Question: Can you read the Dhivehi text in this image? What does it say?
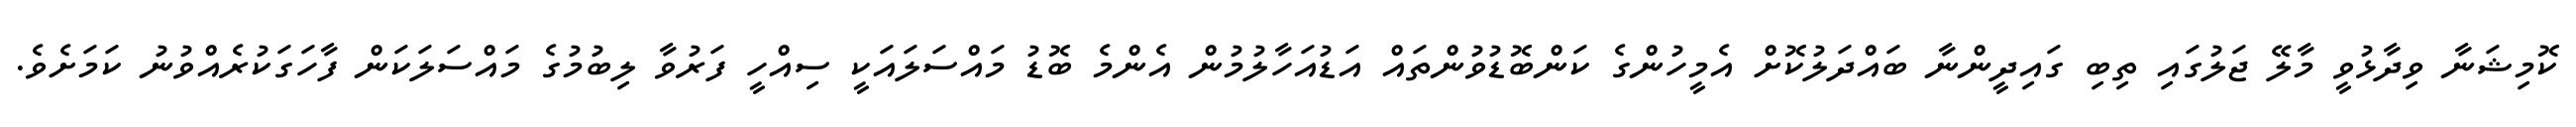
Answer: ކޮމިޝަނާ ވިދާޅުވީ މާލޭ ޖަލުގައި ތިބި ގައިދީންނާ ބައްދަލުކޮށް އެމީހުންގެ ކަންބޮޑުވުންތައް އަޑުއަހާލުމުން އެންމެ ބޮޑު މައްސަލައަކީ ސިއްހީ ފަރުވާ ލިބުމުގެ މައްސަލަކަން ފާހަގަކުރެއްވުނު ކަމަށެވެ.